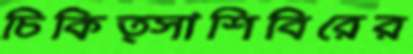
চিকিত্সাশিবিরের